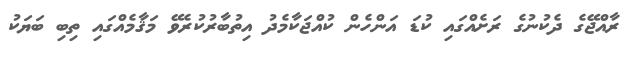
ރާއްޖޭގެ ދެކުނުގެ ރަށެއްގައި ކުޑަ އަންހެން ކުއްޖަކާމެދު އިތުބާރުކުރެވޭ މަޤާމެއްގައި ތިބި ބަޔަކު